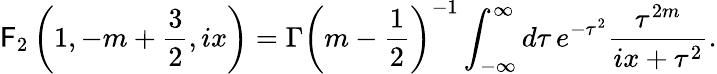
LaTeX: \mathsf{F}_{2}\left(1,-m+{\frac{{3}}{{2}}},ix\right)=\Gamma\left(m-{\frac{{1}}{{2}}}\right)^{-1}\int_{-\infty}^{\infty}d\tau\, e^{-\tau^{2}}{\frac{{\tau^{2m}}}{{ix+\tau^{2}}}}.